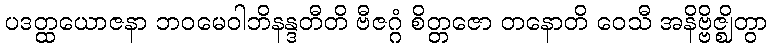
ပဒတ္ထယောဇနာ ဘဝမေဝါဘိနန္ဒတီတိ ဗီဇဂ္ဂံ စိတ္တဇော တနောတိ ဝေသီ အနိဗ္ဗိဇ္ဈိတွာ